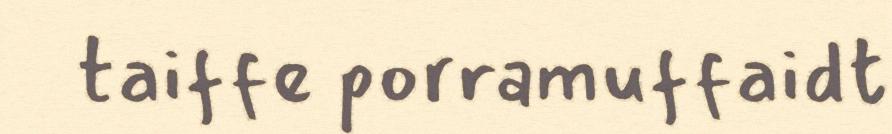
taiffe porramuffaidt